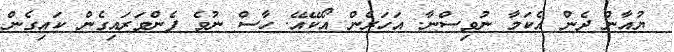
ޔުއާން ދެން އެކަމާ ނުވިސްނާ. އަހަރެން އޯކޭއޭ. ހާސް ނުވެ ފެންވަރައިގެން ކައިގެން